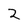
Character: 2